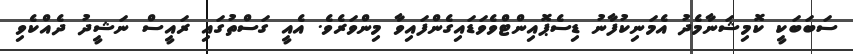
ސަބަބަކީ ކޮމިޝަނާމެދު އެމަނިކުފާނު ޑިސެޕޮއިންޓްވެވަޑައިގެންފައިވާ މިންވަރެވެ. އެއީ ގަސްތުގައި ރައީސް ނަޝީދު ދެއްކެވި